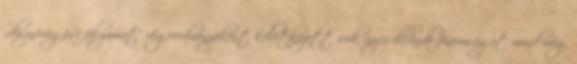
„disznóvágási folyamat” végeredményeként ke­­letkezett sok ínycsiklandó fi­nomságot mind meg